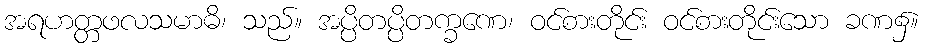
အရဟတ္တဖလသမာဓိ၊ သည်။ အပ္ပိတပ္ပိတက္ခဏေ၊ ဝင်စားတိုင်း ဝင်စားတိုင်းသော ခဏ၌။